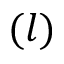
( l )